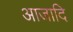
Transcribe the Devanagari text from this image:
आजादि